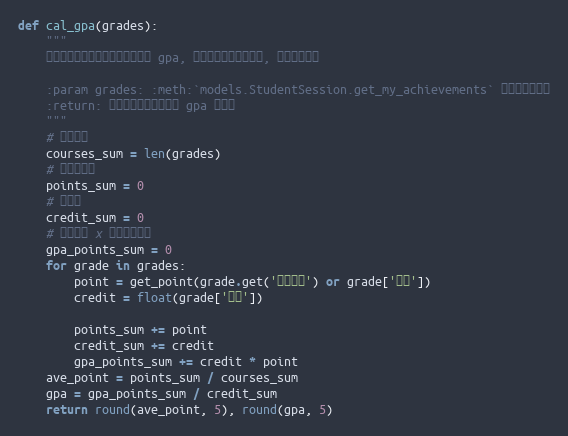
Language: Python
def cal_gpa(grades):
    """
    根据成绩数组计算课程平均绩点和 gpa, 算法不一定与学校一致, 结果仅供参考

    :param grades: :meth:`models.StudentSession.get_my_achievements` 返回的成绩数组
    :return: 包含了课程平均绩点和 gpa 的元组
    """
    # 课程总数
    courses_sum = len(grades)
    # 课程绩点和
    points_sum = 0
    # 学分和
    credit_sum = 0
    # 课程学分 x 课程绩点之和
    gpa_points_sum = 0
    for grade in grades:
        point = get_point(grade.get('补考成绩') or grade['成绩'])
        credit = float(grade['学分'])

        points_sum += point
        credit_sum += credit
        gpa_points_sum += credit * point
    ave_point = points_sum / courses_sum
    gpa = gpa_points_sum / credit_sum
    return round(ave_point, 5), round(gpa, 5)